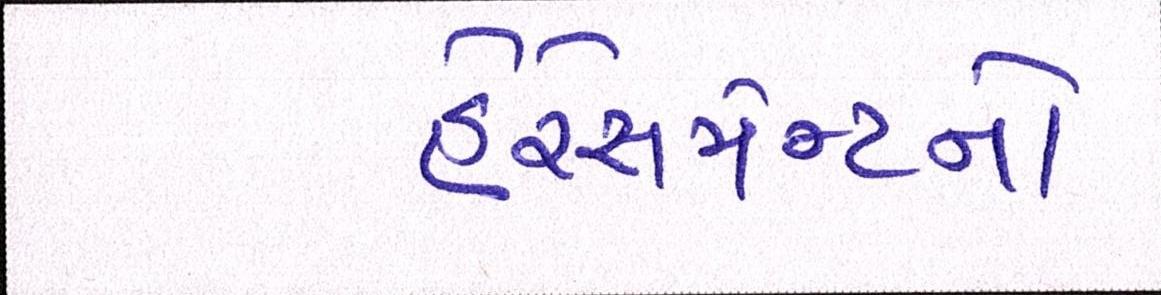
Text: હેરેસમેન્ટનો